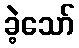
ခဲ့သော်